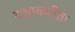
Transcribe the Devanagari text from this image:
यज्ञाकरीता